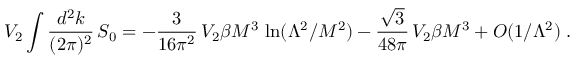
V _ { 2 } \int \frac { d ^ { 2 } k } { ( 2 \pi ) ^ { 2 } } \, { \cal S } _ { 0 } = - \frac { 3 } { 1 6 \pi ^ { 2 } } \, V _ { 2 } \beta M ^ { 3 } \, \ln ( \Lambda ^ { 2 } / M ^ { 2 } ) - \frac { \sqrt { 3 } } { 4 8 \pi } \, V _ { 2 } \beta M ^ { 3 } + O ( 1 / \Lambda ^ { 2 } ) \; .